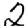
Digit: 2